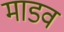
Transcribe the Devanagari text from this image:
माडव